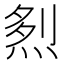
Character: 𤉥